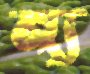
ন্য